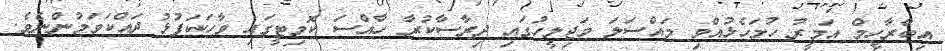
އިބްރާހީމް އަމީރު ހުށަހެޅުއްވި މައްސަލަ މަޖިލީހުގައި ދިރާސާކުރާ ހާއްސަ ކޮމިޓީގައި ވާހަކަފުޅު ދައްކަވަމުންނެވެ.